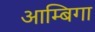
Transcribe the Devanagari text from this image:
आम्बिगा